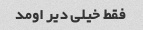
فقط خیلی دیر اومد